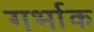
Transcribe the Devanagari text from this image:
गर्भाक